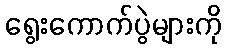
ရွေးကောက်ပွဲများကို